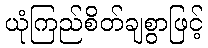
ယုံကြည်စိတ်ချစွာဖြင့်